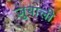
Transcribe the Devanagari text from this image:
ज़ुबाली